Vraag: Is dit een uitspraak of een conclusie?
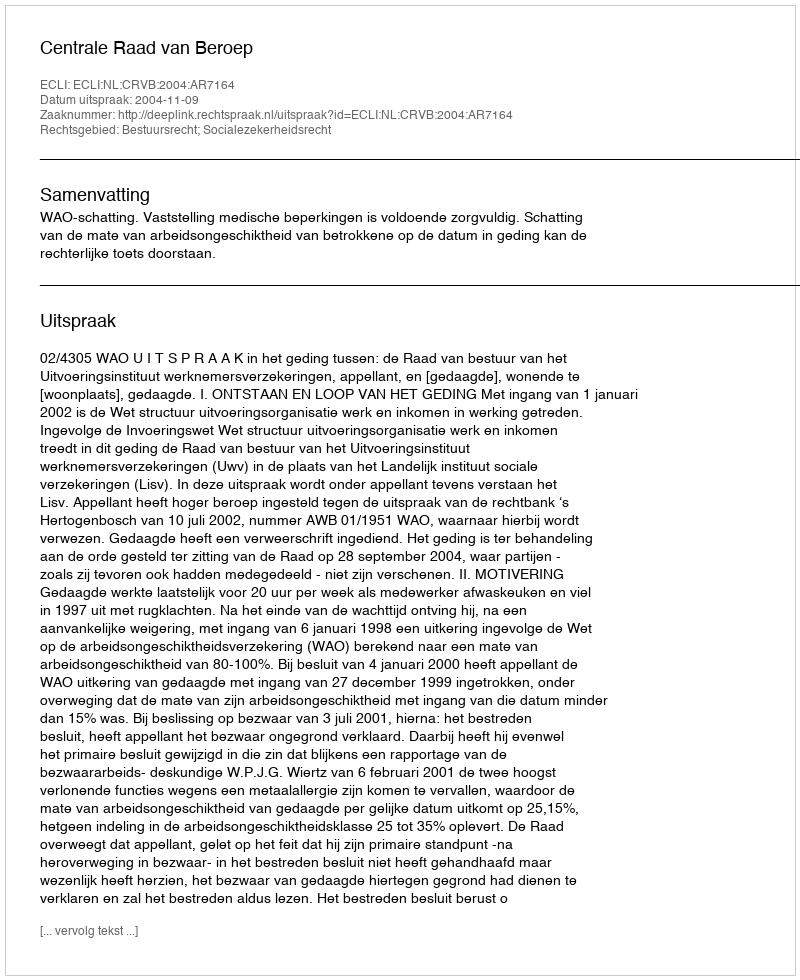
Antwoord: Uitspraak